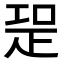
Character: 𭼁